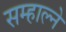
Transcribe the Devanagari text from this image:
सम्हाल्ने